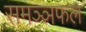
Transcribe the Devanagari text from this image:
समञ्ञफल